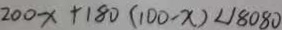
2 0 0 x + 1 8 0 ( 1 0 0 - x ) < 1 8 0 8 0